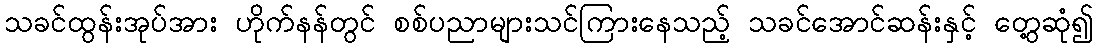
သခင်ထွန်းအုပ်အား ဟိုက်နန်တွင် စစ်ပညာများသင်ကြားနေသည့် သခင်အောင်ဆန်းနှင့် တွေ့ဆုံ၍